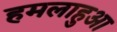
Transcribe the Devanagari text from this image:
हमलाहुआ